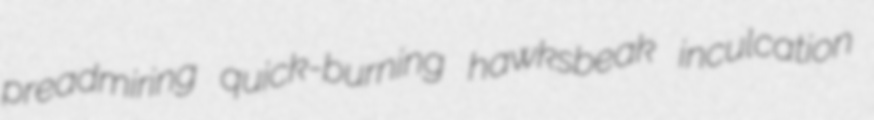
preadmiring quick-burning hawksbeak inculcation